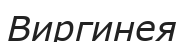
Виргинея